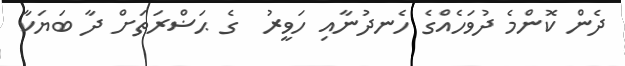
ދެން ކޮންމެ ދުވަހެއްގެ ހެނދުނާއި ހަވީރު  ގެ ޙަޟްރަތަށް ދާ ބަޔަކާ